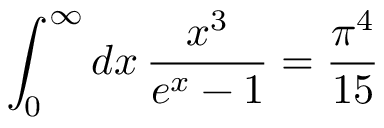
\int _ { 0 } ^ { \infty } d x \, { \frac { x ^ { 3 } } { e ^ { x } - 1 } } = { \frac { \pi ^ { 4 } } { 1 5 } }